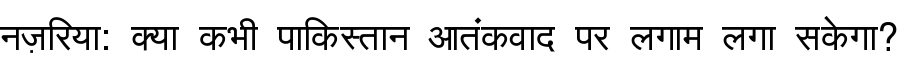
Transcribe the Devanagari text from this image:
नज़रिया: क्या कभी पाकिस्तान आतंकवाद पर लगाम लगा सकेगा?